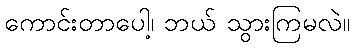
ကောင်းတာပေါ့၊ ဘယ် သွားကြမလဲ။